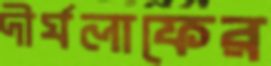
দীর্ঘলাফের